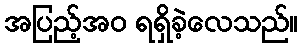
အပြည့်အဝ ရရှိခဲ့လေသည်။